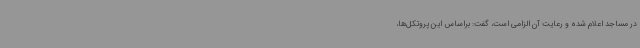
در مساجد اعلام شده و رعایت آن الزامی است، گفت: براساس این پروتکل‌ها،